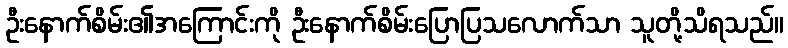
ဦးနောက်စိမ်း၏အကြောင်းကို ဦးနောက်စိမ်းပြောပြသလောက်သာ သူတို့သိရသည်။